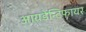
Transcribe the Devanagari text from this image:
आयडेन्टिफायर